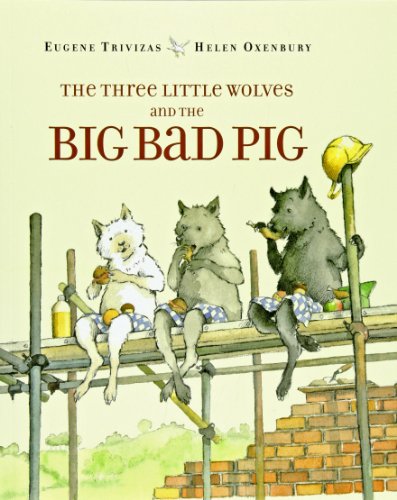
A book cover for The Three Little Wolves and the Big Bad Pig; Eugene Trivizas; Politics & Social Sciences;